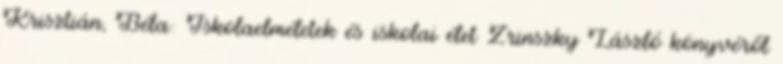
Krisztián, Béla: Iskolaelméletek és iskolai élet Zrinszky László könyvéről